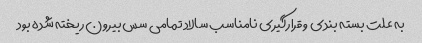
به علت بسته بندی و قرارگیری نامناسب سالاد تمامی سس بیرون ریخته شده بود